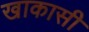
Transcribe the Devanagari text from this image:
खाकासी